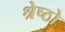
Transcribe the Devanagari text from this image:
श्रेष्ठो